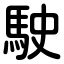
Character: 駛